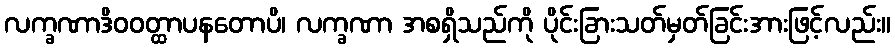
လက္ခဏာဒိဝဝတ္ထာပနတောပိ၊ လက္ခဏာ အစရှိသည်ကို ပိုင်းခြားသတ်မှတ်ခြင်းအားဖြင့်လည်း။